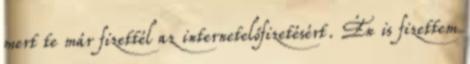
mert te már fizettél az internetelőfizetésért. Én is fizettem